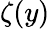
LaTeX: \zeta(y)